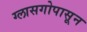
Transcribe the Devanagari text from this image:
ग्लासगोपासून